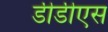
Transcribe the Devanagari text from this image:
डीडीएस